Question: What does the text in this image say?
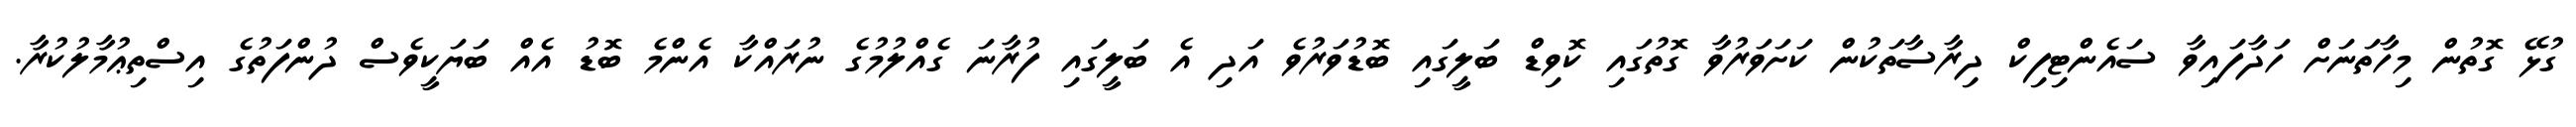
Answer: ގުޅޭ ގޮތުން މިހާތަނަށް ހަދާފައިވާ ސައެންޓިފިކް ދިރާސާތަކުން ކަށަވަރުވާ ގޮތުގައި ކޮވިޑް ބަލީގައި ބޮޑުވަރުވެ އަދި އެ ބަލީގައި ފުރާނަ ގެއްލުމުގެ ނުރައްކާ އެންމެ ބޮޑު އެއް ބަޔަކީވެސް ދުންފަތުގެ އިސްތިޢުމާލުކުރާ.